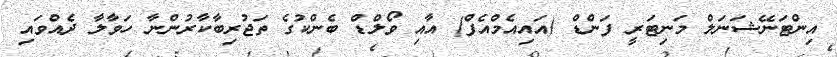
އިންޓަނޭޝަނަލް މަނިޓަރީ ފަންޑް (އައިއެމްއެފް) އާއި ވޯލްޑް ބެންކުގެ ތަޖުރިބާކާރުންނާ ހަވާލާ ދެއްވައި